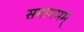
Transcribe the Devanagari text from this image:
समागमम्